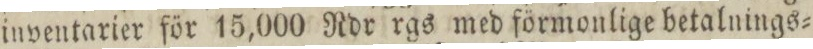
inventarier för 15,000 Rdr rgs med förmonlige betalnings=